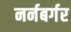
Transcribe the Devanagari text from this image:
नर्नबर्गर